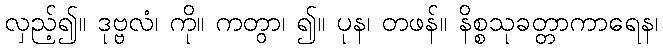
လှည့်၍။ ဒုဗ္ဗလံ၊ ကို။ ကတွာ၊ ၍။ ပုန၊ တဖန်။ နိစ္စသုခတ္တာကာရေန၊